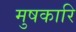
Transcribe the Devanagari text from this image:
मुषकारि